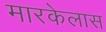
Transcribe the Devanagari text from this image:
मारकेलास